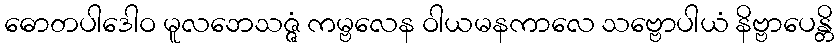
ဓောတပါဒေါဝ မူလဘေသဇ္ဇံ ကမ္ဗလေန ဝါယမနကာလေ သဗ္ဗောပါယံ နိဗ္ဗာပေန္တိ